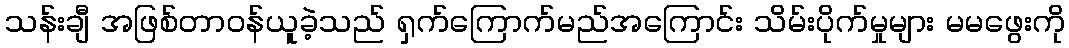
သန်းချီ အဖြစ်တာဝန်ယူခဲ့သည် ရှက်ကြောက်မည်အကြောင်း သိမ်းပိုက်မှုများ မမဖွေးကို